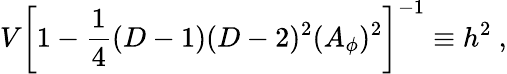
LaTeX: V\left[1-{\frac{1}{4}}(D-1)(D-2)^{2}(A_{\phi})^{2}\right]^{-1}\equiv h^{2}~,